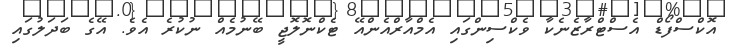
އޮކްސްފޯޑް އެސްޓްރާޒެނެކާ ވެކްސިންގައި އެމްއާރްއެންއޭ ޓެކްނޮލޮޖީ ބޭނުމެއް ނުކުރެ އެވެ. އޭގެ ބަދަލުގައި